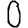
Digit: 0